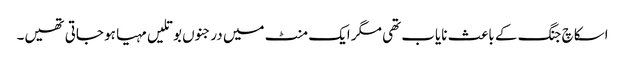
اسکاچ جنگ کے باعث نایاب تھی مگر ایک منٹ میں درجنوں بوتلیں مہیا ہو جاتی تھیں۔